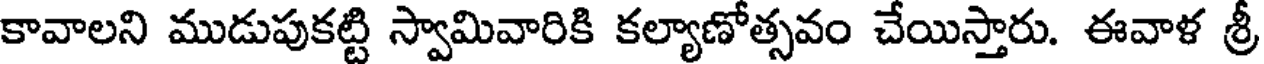
కావాలని ముడుపుకట్టి స్వామివారికి కల్యాణోత్సవం చేయిస్తారు. ఈవాళ శ్రీ